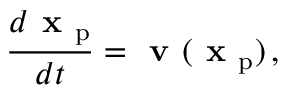
\frac { d \textbf { x } _ { \mathrm { p } } } { d t } = \textbf { v } ( \textbf { x } _ { \mathrm { p } } ) \, ,